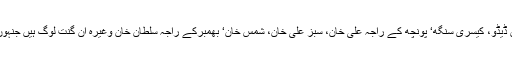
کرشن دیو سیٹھی کا کہنا ہے کہ جموں کے اصل ہیرو میاں ڈیڈو، کیسری سنگھ‘ پونچھ کے راجہ علی خان، سبز علی خان، شمس خان‘ بھمبرکے راجہ سلطان خان وغیرہ اَن گنت لوگ ہیں جنہوں نے اپنی آ زادی کی حفاظت کے لئے جانیں قربان کردیں۔